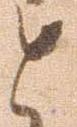
と